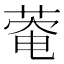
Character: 𫈬